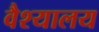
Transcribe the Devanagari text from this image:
वैश्यालय